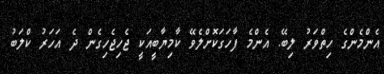
އެންމެންގެ ހިތްވަރު ލިބޭ. އެންމެ ފާހަގަކޮށްލެވޭ ކާމިޔާބީއަކީ ޖެހިޖެހިގެން ދެ އަހަރު ކްލަބު